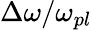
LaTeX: \Delta\omega/\omega_{pl}